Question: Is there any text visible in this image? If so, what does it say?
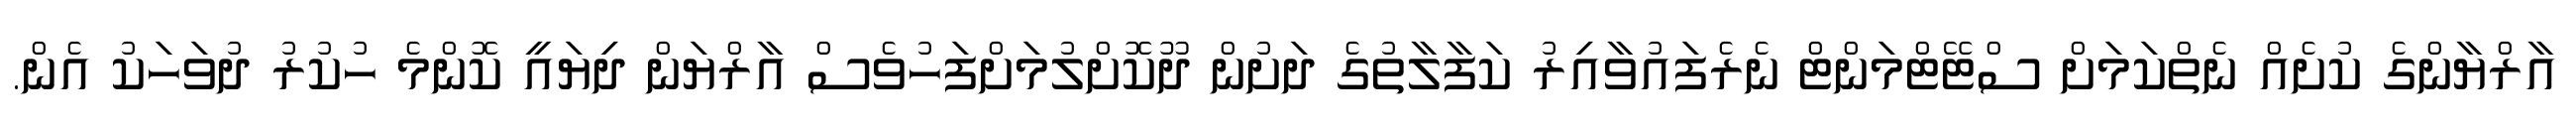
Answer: އާރްޔާންގެ ކުށެއް ނެތްކަމަށް ސްޓޭޓްމަންޓް ނެރެފައުވާއިރު ކަފާލާތުގެ ދަށުން ދޫކޮށްލުމަށްފަހުވެސް އާރްޔަން ދިޔައީ ކޮންމެ ހުކުރު ދުވަހަކު އެން.